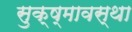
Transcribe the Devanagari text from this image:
सुक्ष्मावस्था